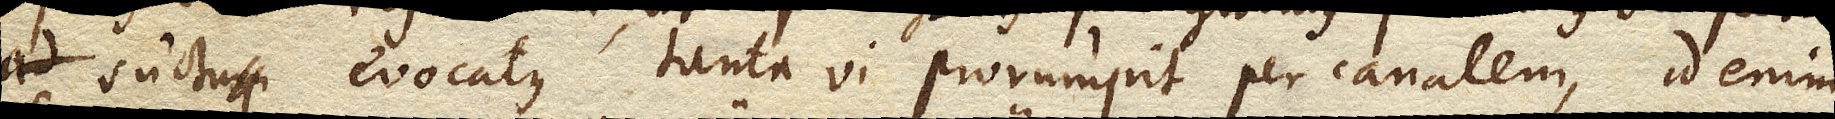
suctu evocatus tanta vi prorumpit per canalem, id enim